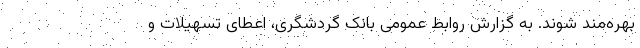
بهره‌مند شوند. به گزارش روابط عمومی بانک گردشگری، اعطای تسهیلات و